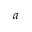
a